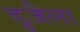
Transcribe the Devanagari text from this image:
डुजैला